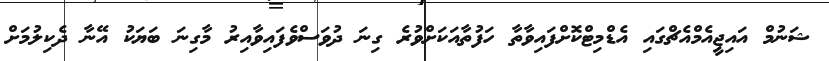
ޝަނުމް އައިޖީއެމްއެޗްގައި އެޑްމިޓްކޮށްފައިވާތާ ހަފުތާއަކަށްވުރެ ގިނަ ދުވަސްވެފައިވާއިރު މާގިނަ ބަޔަކު އޭނާ ދެކިލުމަށް